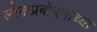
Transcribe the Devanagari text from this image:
लोकप्रबोधनाच्या